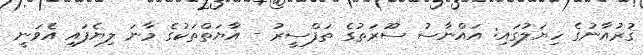
ޤުރުއާނުގެ ހިޔަލުގައި: އައްނާސު ސޫރަތުގެ ތަފްސީރު - އާޔަތްތަކުގެ މާނަ ލިޔެފައި އެވަނީ